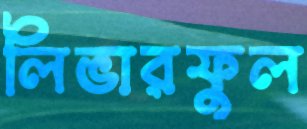
লিভারফুল